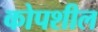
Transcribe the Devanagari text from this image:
कोपशील